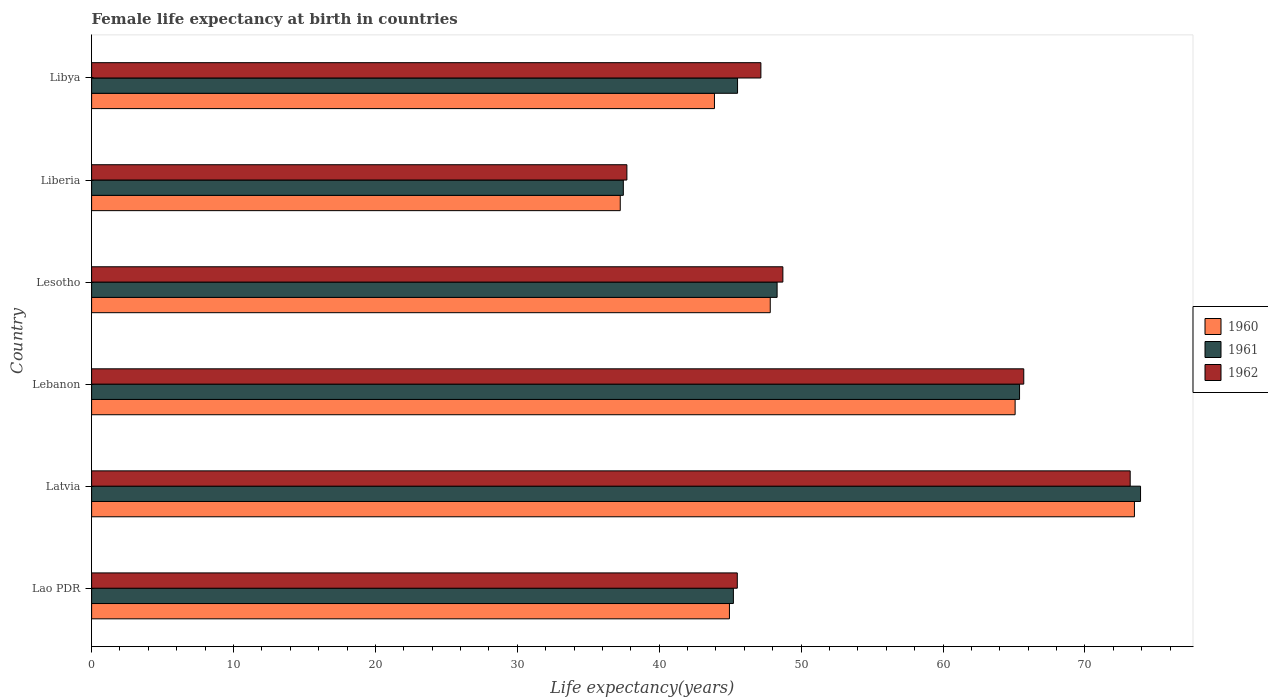
| Country | 1960 | 1961 | 1962 |
 | --- | --- | --- | --- |
 | Lao PDR | 44.9 | 45.2 | 45.5 |
 | Latvia | 73.5 | 73.9 | 73.2 |
 | Lebanon | 65.1 | 65.4 | 65.7 |
 | Lesotho | 47.8 | 48.3 | 48.7 |
 | Liberia | 37.3 | 37.5 | 37.7 |
 | Libya | 43.9 | 45.5 | 47.2 |